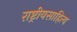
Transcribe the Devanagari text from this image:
राष्ट्रीयसाहित्य